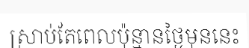
ស្រាប់តែពេលប៉ុន្មានថ្ងៃមុននេះ